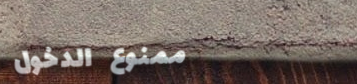
ممنوع الدخول